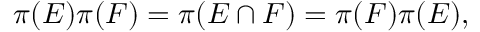
\pi ( E ) \pi ( F ) = \pi ( E \cap F ) = \pi ( F ) \pi ( E ) ,